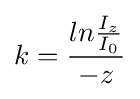
k={ln{I_{z} \over I_{0}} \over -z}